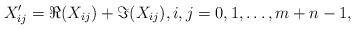
LaTeX: \begin{align*}X_{ij}^{\prime }=\Re (X_{ij})+\Im (X_{ij}),i,j=0,1,\dots ,m+n-1,\end{align*}